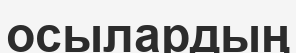
осылардың